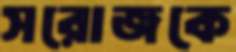
সরোজকে